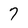
Character: 7